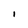
Character: I